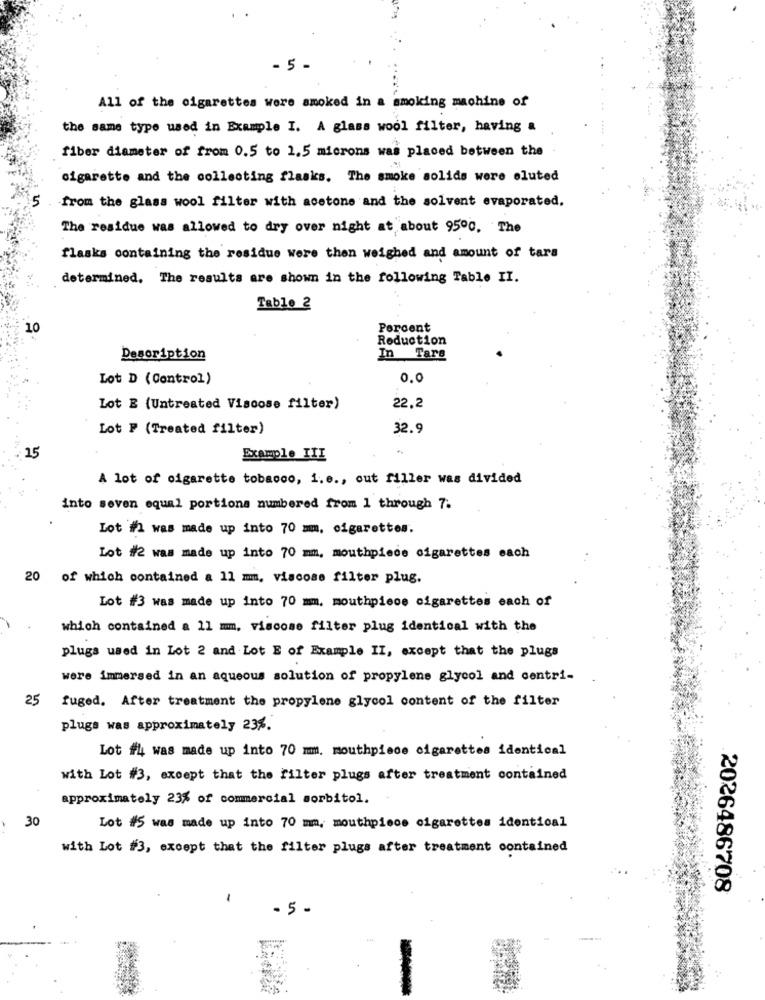
- 5 -
All of the cigarettes were smoked in a smoking machine of
the same type used in Example I. A glass wool filter, having a
fiber diameter of from 0.5 to 1.5 microns was placed between the
cigarette and the collecting flasks. The smoke solids were eluted
5
from the glass wool filter with acetone and the solvent evaporated.
The residue was allowed to dry over night at about 9500. The
flasks containing the residue were then weighed and amount of tara
determined, The results are shown in the following Table II.
Tablo 2
10
Percent
Reduction
Description
In Tars
Lot D (Control)
0.0
Lot E (Untreated Viscose filter)
22.2
Lot P (Treated filter)
32.9
15
Example III
A lot of cigarette tobacco, i.e ., out filler was divided
into seven equal portions numbered from 1 through 7.
Lot #1 was made up into 70 mm, cigarettes.
Lot #2 was made up into 70 mm, mouthpiece cigarettes each
20 of which contained a 11 mm, viscose filter plug.
Lot #3 was made up into 70 mm. mouthpiece cigarettes each of
which contained a 11 mm. viscose filter plug identical with the
plugs used in Lot 2 and Lot E of Example II, except that the plugs
were immersed in an aqueous solution of propylene glycol and centri-
25
fuged. After treatment the propylene glycol content of the filter
plugs was approximately 23%.
Lot #4 was made up into 70 mm. mouthpiece cigarettes identical
with Lot #3, except that the filter plugs after treatment contained
approximately 23% of commercial sorbitol.
30
Lot #5 was made up into 70 mm, mouthpiece cigarettes identical
with Lot #3, except that the filter plugs after treatment contained
2026486708
- 5 -